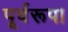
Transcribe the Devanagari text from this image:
पूर्वरूप।